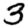
Digit: 3